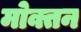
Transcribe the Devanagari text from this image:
मोक्तन